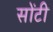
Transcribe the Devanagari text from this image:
सोंटी